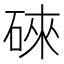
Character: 䂾